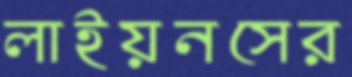
লাইয়নসের